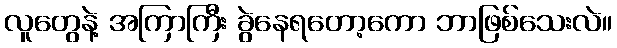
လူတွေနဲ့ အကြာကြီး ခွဲနေရတော့ကော ဘာဖြစ်သေးလဲ။